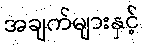
အချက်များနှင့်